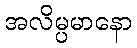
အလိမ္ပမာနော